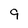
Character: 9